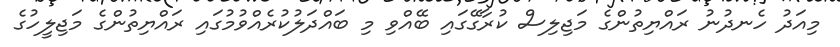
މިއަދު ހެނދުނު ރައްޔިތުންގެ މަޖިލިސް ކުރާގޭގައި ބޭއްވި މި ބައްދަލުކުރެއްވުމުގައި ރައްޔިތުންގެ މަޖިލީހުގެ